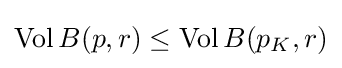
\mathrm {Vol} \,B(p,r)\leq \mathrm {Vol} \,B(p_{K},r)